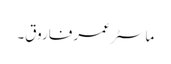
ماسٹر عمر فاروق۔